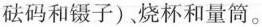
砝码和镊子)、烧杯和量筒。